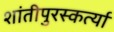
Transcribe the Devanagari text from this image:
शांतीपुरस्कर्त्या